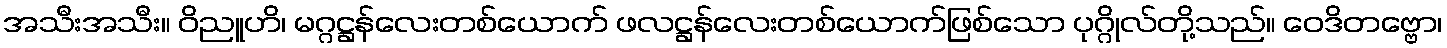
အသီးအသီး။ ဝိညူဟိ၊ မဂ္ဂဋ္ဌန်လေးတစ်ယောက် ဖလဋ္ဌန်လေးတစ်ယောက်ဖြစ်သော ပုဂ္ဂိုလ်တို့သည်။ ဝေဒိတဗ္ဗော၊